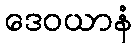
ဒေဝယာနံ